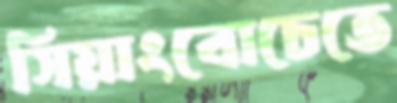
সিয়াংবোচেতে